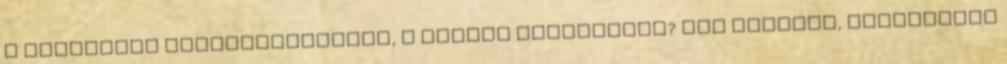
a véleménye Magyarországról, a magyar kormányról? Mit hallott, egyáltalán